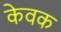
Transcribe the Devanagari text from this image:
केवक